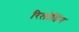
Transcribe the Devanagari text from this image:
रिलोडिंग